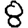
Digit: 8